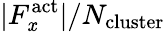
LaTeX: |F_{\mathit{x}}^{\mathrm{{act}}}|/N_{\mathrm{{cluster}}}